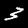
Digit: 3